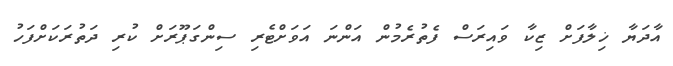
އާދަޔާ ޚިލާފަށް ޒިކާ ވައިރަސް ފެތުރެމުން އަންނަ އަވަށްޓެރި ސިންގަޕޫރަށް ކުރި ދަތުރަކަށްފަހު